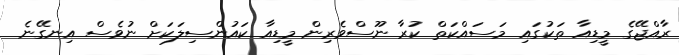
ރާއްޖޭގެ މީޑިއާ ތަކުގައި މަސައްކަތް ކުރާ ނޫސްވެރިން މީޑިއާ ކައުންސިލަކަށް ނުވެސް އިނގޭނެ